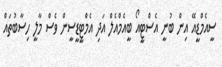
ސީއެމްޑީއޭ އިން ބުނީ އެސްޓީއޯ ބީއެމްއެލް އަދި އެމްޓީޑީސީން ވެސް މާލީ ހިސާބުތައް